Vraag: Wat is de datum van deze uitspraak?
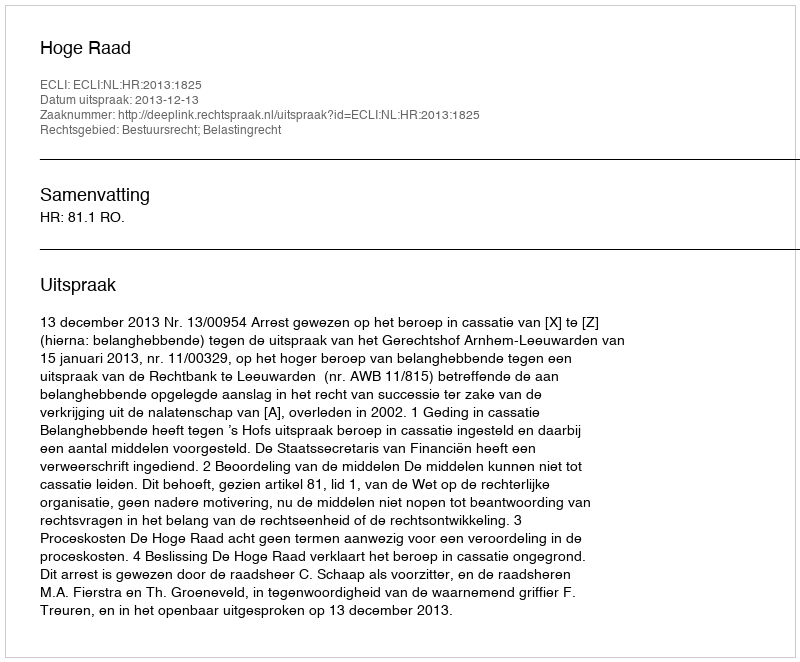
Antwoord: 2013-12-13